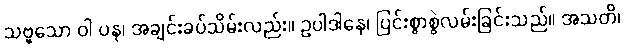
သဗ္ဗသော ဝါ ပန၊ အချင်းခပ်သိမ်းလည်း။ ဥပါဒါနေ၊ ပြင်းစွာစွဲလမ်းခြင်းသည်။ အသတိ၊